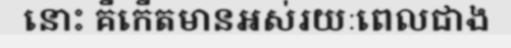
នោះ គឺកើតមានអស់រយៈពេលជាង